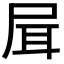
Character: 𡱡